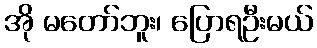
အို မတော်ဘူး၊ ပြောရဦးမယ်